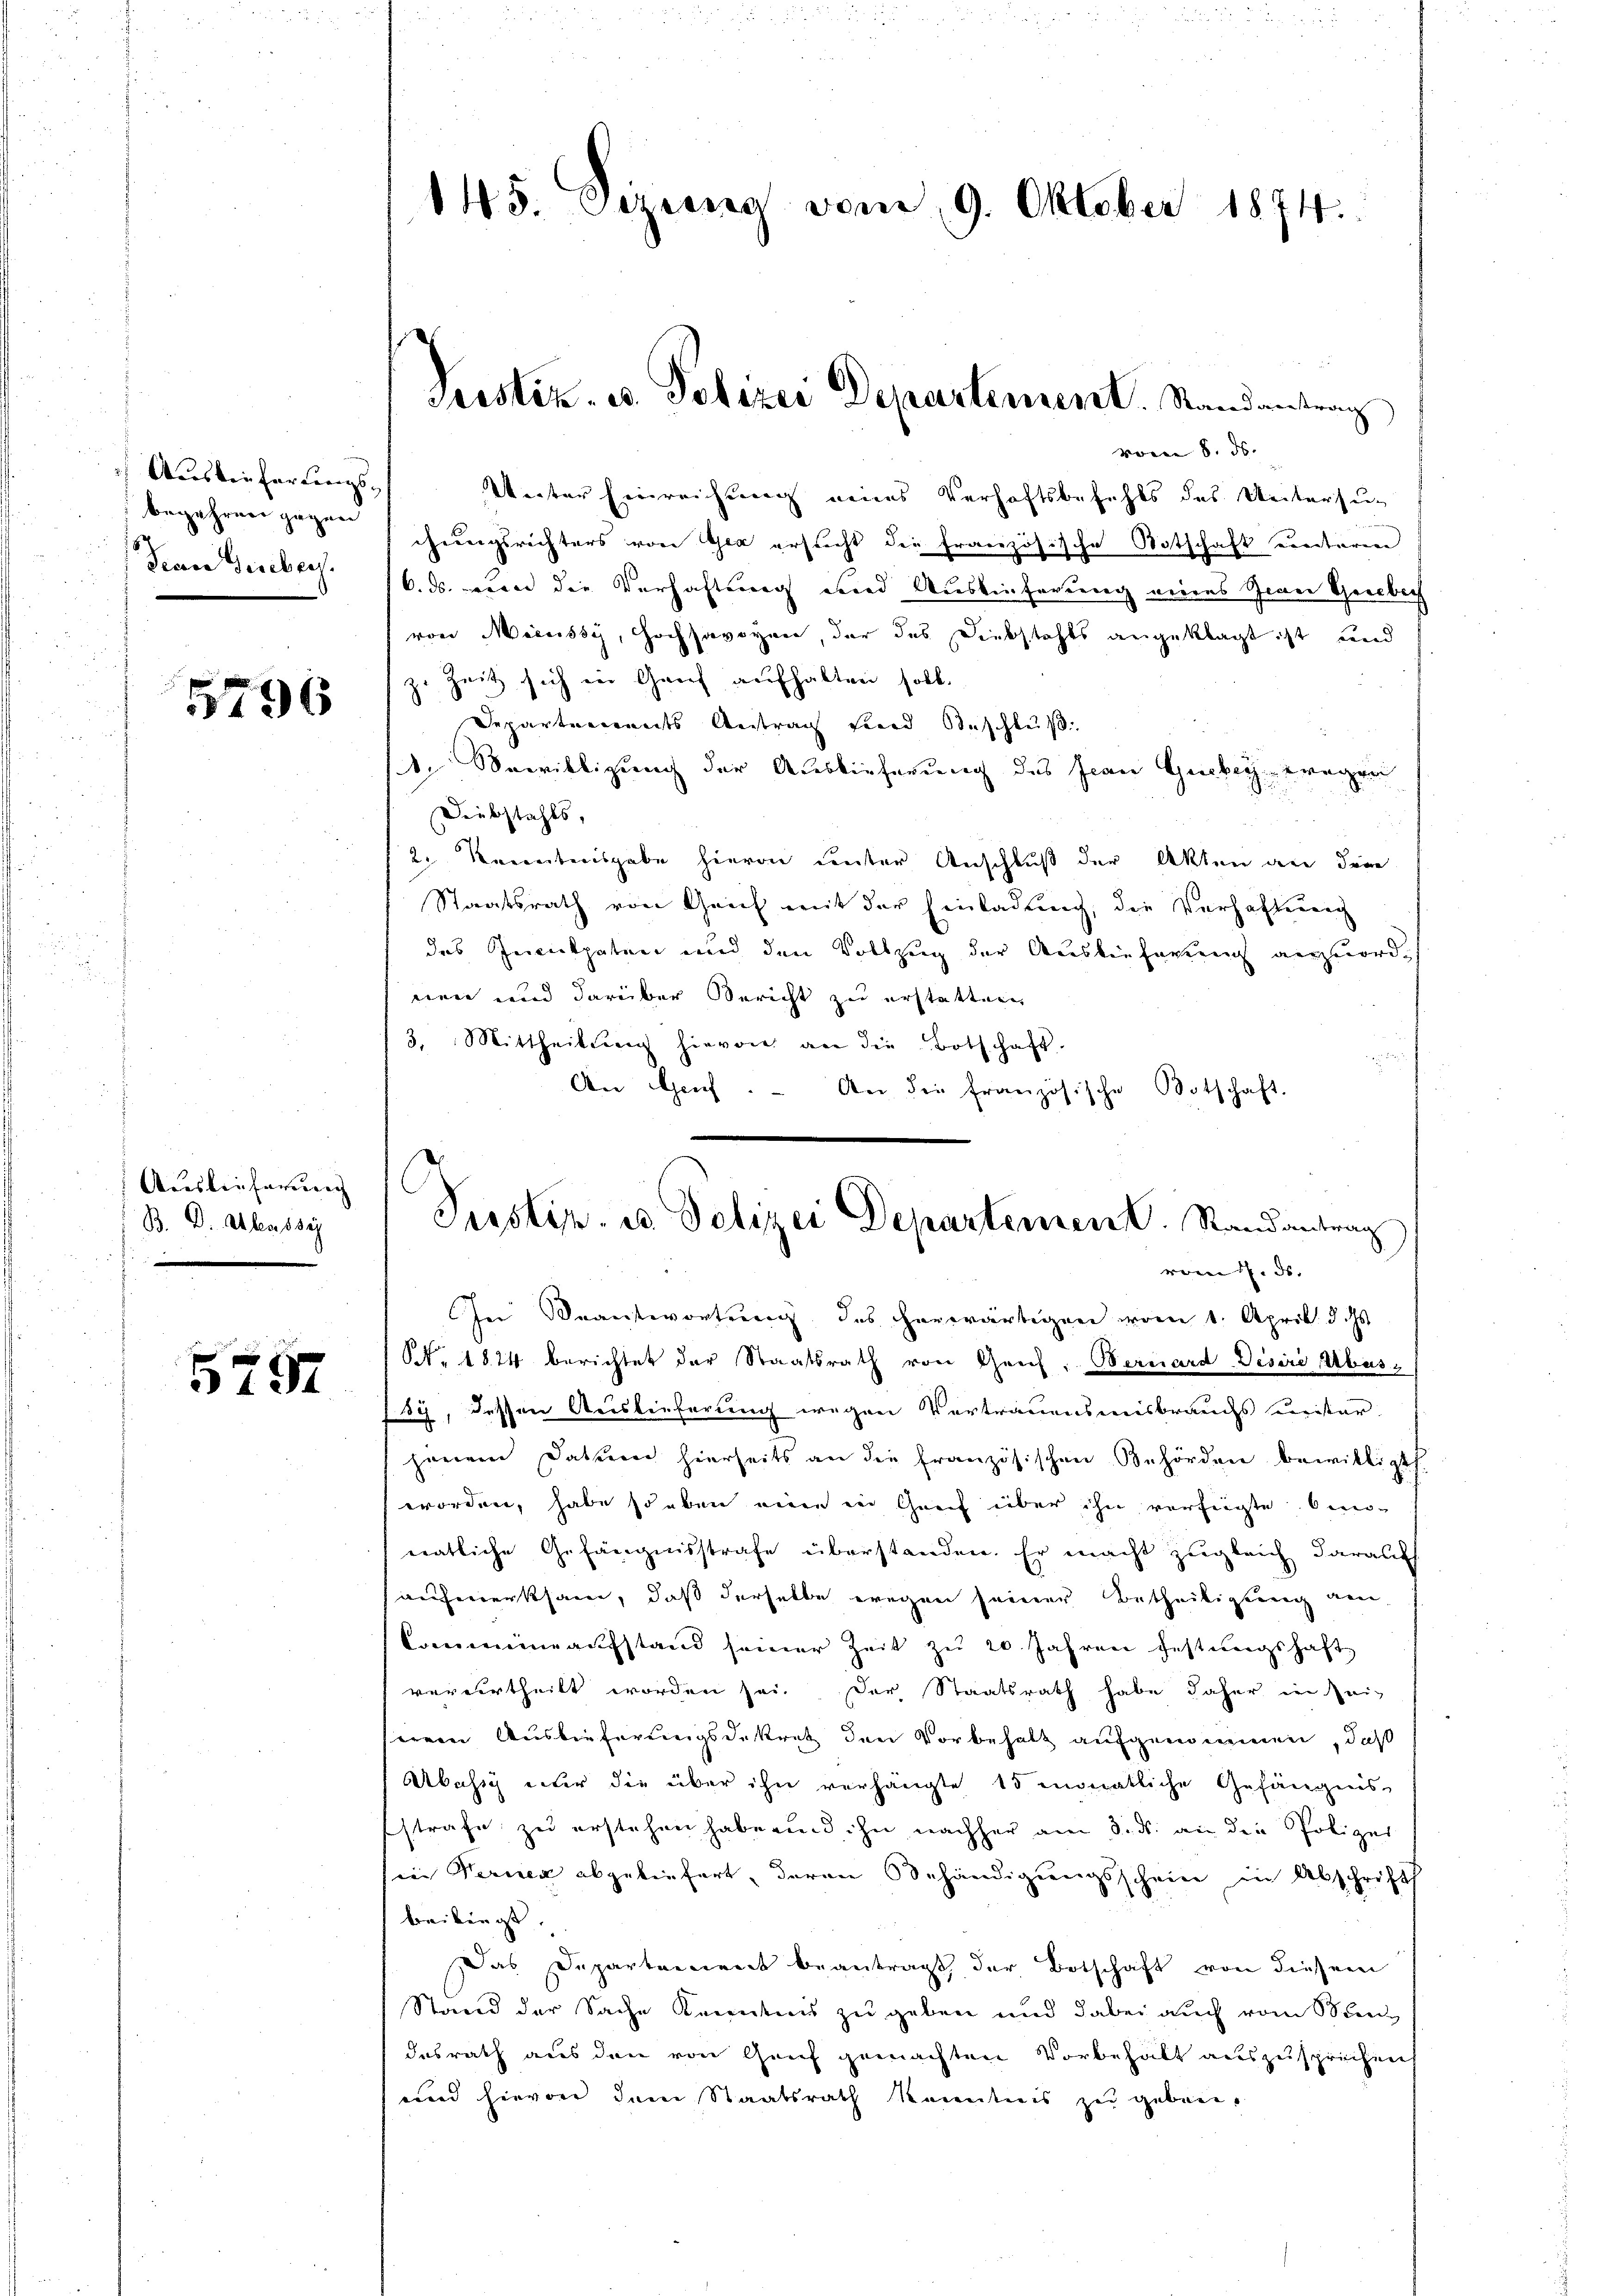
Ausken für wenigs
begehren gegen
Jean Gieber.

5796

Auslieferung
B. Dr. Abendsi

5757

145. Sizung vom 9. Oktober 1874.

Veter Einreichung eines Verhaftsbefehls des Untersur
chungsrichters von Ger ersucht die französische Botschaft einteren
6. ds. von die Verhaftung und Auslieferung eines Giani Grebach
von Mieussy, Hochsavoyen, der des Diebstahls angeklagt ist und
zu Zeit sich in Genf aufhalten soll.
Departemonats Antrag sind Beschluß
1. Bewilligung der Auslieferung des Jean Gubey wegen
Diebstahls,
2. Karentenisgabe hievon unter Anschluß der Akten an dere
Staatsrath von Geich mit der Einladung, die Verhaftung
des Inculpaten und den Vollzug der Auslieferung anzuordnen und darüber Bericht zu erstatten
3. Mittheilŭng hievon an die Botschaft.
An Genf. - An die französische Botschaft.
In Beantwortung des herwärtigen vom 1. April d. Js.
S. 1824 berichtet der Staatsrath von Genf, Bernard-Desiri Abus,
sy, dessen Auslieferung wegen Vertrauensmisbrauchs meisterjenem Datum hierseits an die französischen Behörden bewilligt.
worden, habe so eben einen der Greif über ihn verfügte Ein-
natliche Gefängnisstrafe überstanden. Er macht zugleich darauf
aufmerksam, daß derselbe wegen seiner Betheiligung am
Commine aufstand seiner Zeit zŭ 20. Jahren festŭngshaft
verurtheilt worden sei. Der Staatsrath habe daher in Zeiseinen Auslieferungsdekratz den Vorbehalt aufgenommen, daß
Abäsig unter die über ihn verhängte 15 monatliche Gefängnis
strafe zu erstehen habe und ihn nachher am 3. ds. an die Polizei
in Ferner abgeliefert, deren Behändigungsschein in Abschrift
beibingt
Das Departement beantragt, der Botschaft von diesem
Stand der Sache Kenntnis zu geben und dabei auch vom Sen
desrath aus den von Genf gemachten Vorbehalt auszusprechen
und hievon dem Staatsrath kanntnis zu geben.

srestiz- u. Polizei Departement. Randantrag

vom 8. ds. |

Justiz- u Polizei Departement. Randantrag
romtl. d.